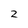
Character: Z